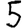
Digit: 5